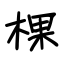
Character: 棵